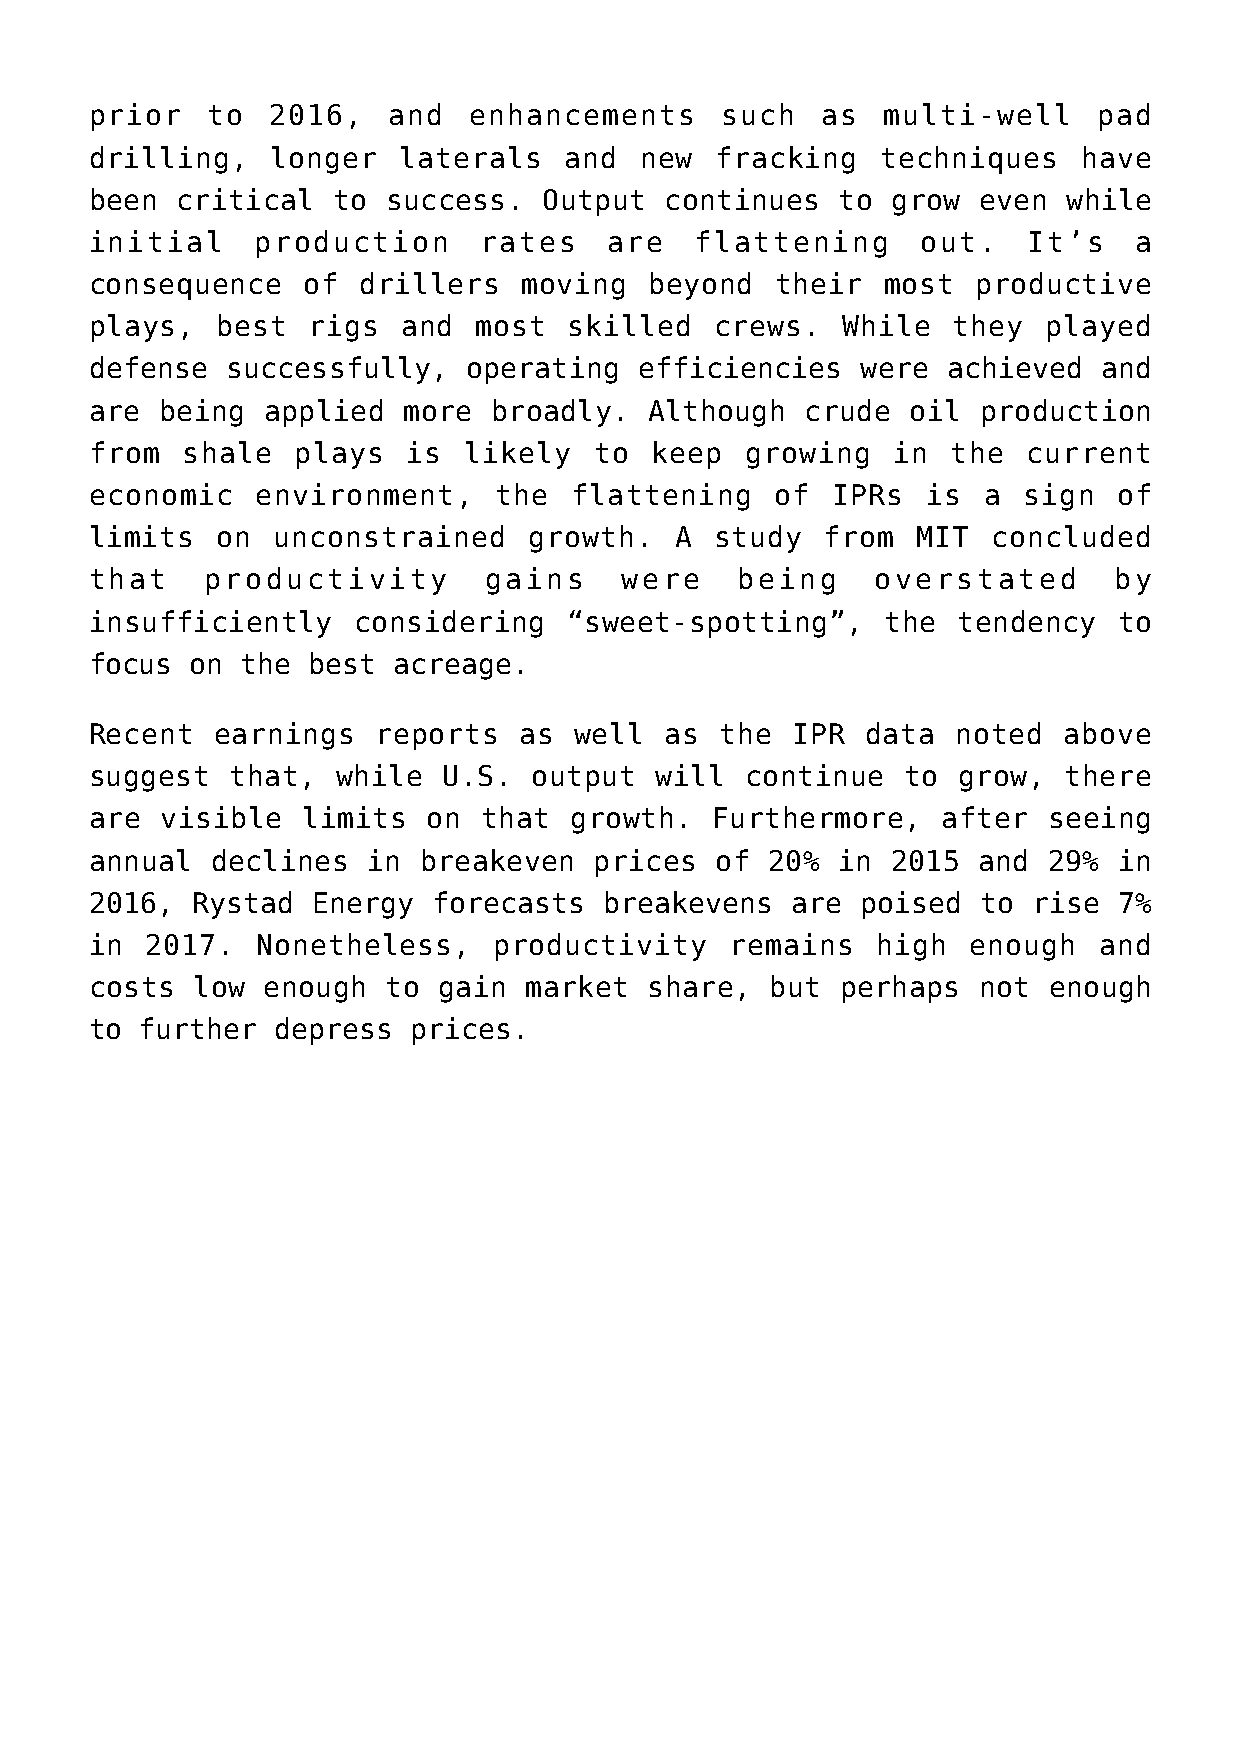
prior   to  2016,   and  enhancements     such  as  multi-well     pad
 drilling,   longer  laterals   and  new  fracking   techniques    have
 been  critical  to  success.  Output  continues  to  grow  even  while
 initial    production     rates   are   flattening     out.   It’s   a
 consequence   of  drillers   moving  beyond  their   most  productive
 plays,  best  rigs   and most   skilled  crews.   While  they  played
 defense  successfully,   operating  efficiencies   were  achieved  and
 are  being applied   more broadly.   Although  crude  oil  production
 from  shale  plays   is  likely  to  keep  growing   in  the  current
 economic   environment,    the  flattening   of  IPRs  is  a  sign  of
 limits  on  unconstrained    growth.   A study   from  MIT  concluded
 that    productivity      gains    were    being    overstated      by
 insufficiently   considering   “sweet-spotting”,     the tendency   to
 focus  on the best  acreage.
 Recent  earnings   reports  as  well  as  the IPR  data  noted  above
 suggest  that,  while  U.S.  output  will  continue   to grow,  there
 are  visible  limits  on  that  growth.  Furthermore,   after  seeing
 annual  declines  in  breakeven  prices  of  20% in  2015  and 29%  in
 2016,  Rystad  Energy  forecasts  breakevens  are  poised  to rise  7%
 in  2017.  Nonetheless,    productivity   remains   high  enough   and
 costs  low enough  to  gain  market  share,  but  perhaps  not enough
 to further  depress  prices.